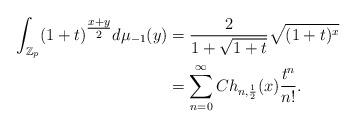
LaTeX: \begin{align*}\int_{\mathbb{Z}_p} (1+t)^{\tfrac{x+y}{2}} d\mu_{-1} (y) &= \frac{2}{1+\sqrt{1+t}} \sqrt{(1+t)^x}\\&= \sum_{n=0}^\infty Ch_{n,\frac{1}{2}} (x) \frac{t^n}{n!}.\end{align*}